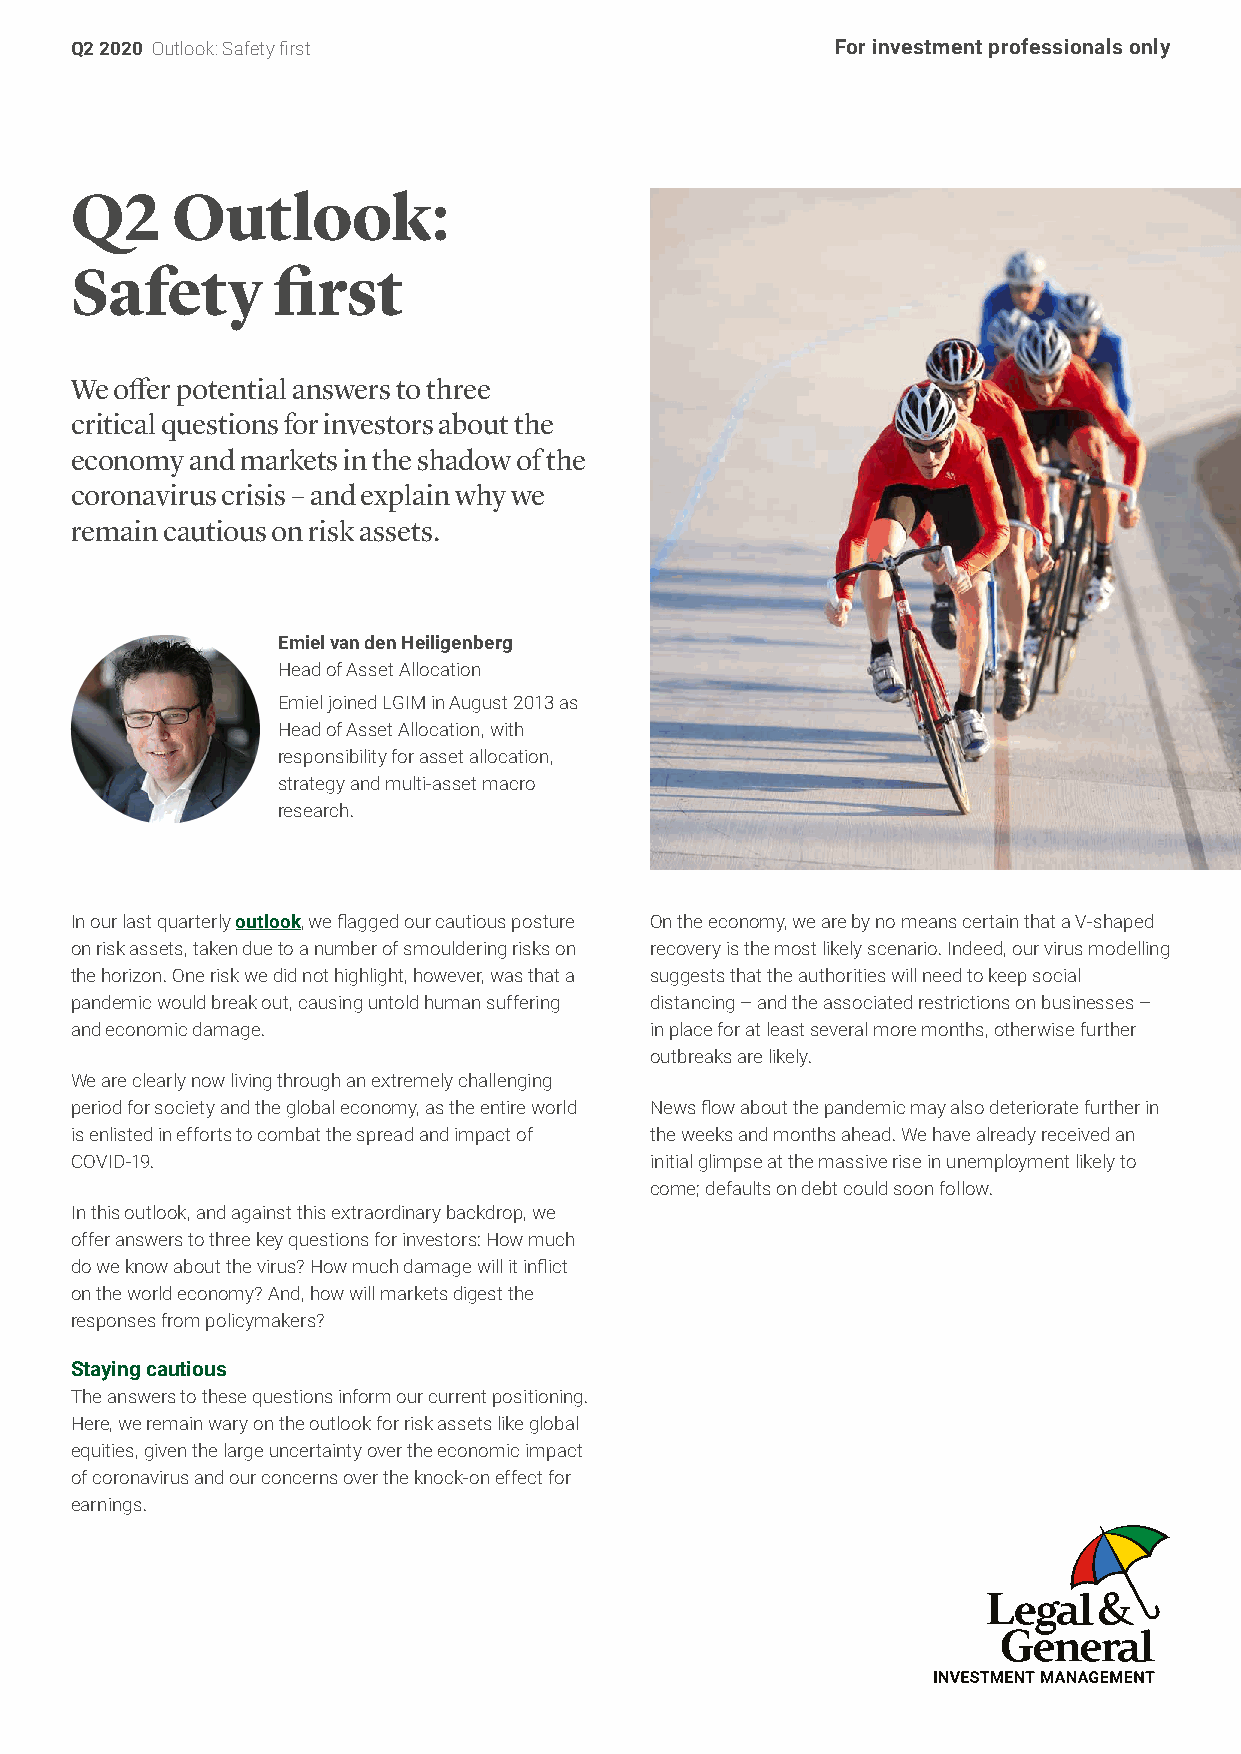
Q2 2020 Outlook: Safety first                     For investment professionals only
 Q2    Outlook:
 Safety       first
 We offer potential answers to three
 critical questions for investors about the
 economy and markets in the shadow of the
 coronavirus crisis – and explain why we
 remain cautious on risk assets.
 Emiel van den Heiligenberg
 Head of Asset Allocation
 Emiel joined LGIM in August 2013 as
 Head of Asset Allocation, with
 responsibility for asset allocation,
 strategy and multi-asset macro
 research.
 In our last quarterly outlook, we flagged our cautious posture On the economy, we are by no means certain that a V-shaped
 on risk assets, taken due to a number of smouldering risks on recovery is the most likely scenario. Indeed, our virus modelling
 the horizon. One risk we did not highlight, however, was that a suggests that the authorities will need to keep social
 pandemic would break out, causing untold human suffering distancing – and the associated restrictions on businesses –
 and economic damage.                  in place for at least several more months, otherwise further
 outbreaks are likely.
 We are clearly now living through an extremely challenging
 period for society and the global economy, as the entire world News flow about the pandemic may also deteriorate further in
 is enlisted in efforts to combat the spread and impact of the weeks and months ahead. We have already received an
 COVID-19.                             initial glimpse at the massive rise in unemployment likely to
 come; defaults on debt could soon follow.
 In this outlook, and against this extraordinary backdrop, we
 offer answers to three key questions for investors: How much
 do we know about the virus? How much damage will it inflict
 on the world economy? And, how will markets digest the
 responses from policymakers?
 Staying cautious
 The answers to these questions inform our current positioning.
 Here, we remain wary on the outlook for risk assets like global
 equities, given the large uncertainty over the economic impact
 of coronavirus and our concerns over the knock-on effect for
 earnings.